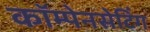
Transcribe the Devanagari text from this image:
कॉम्पेनसेटिंग